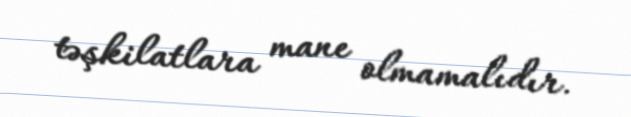
təşkilatlara mane olmamalıdır.